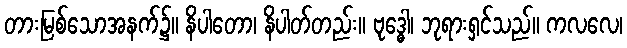
တားမြစ်သောအနက်၌။ နိပါတော၊ နိပါတ်တည်း။ ဗုဒ္ဓေါ၊ ဘုရားရှင်သည်။ ကလလေ၊